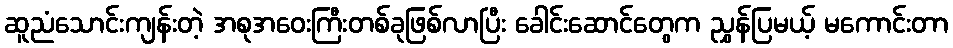
ဆူညံသောင်းကျန်းတဲ့ အစုအဝေးကြီးတစ်ခုဖြစ်လာပြီး ခေါင်းဆောင်တွေက ညွှန်ပြမယ့် မကောင်းတာ